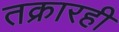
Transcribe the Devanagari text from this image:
तक्रारही